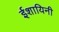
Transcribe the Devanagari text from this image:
ईशायिनी